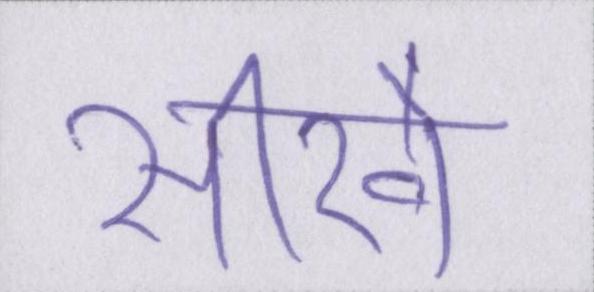
सीखे